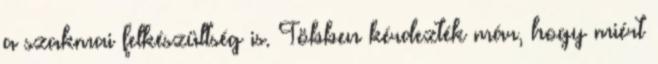
a szakmai felkészültség is. Többen kérdezték már, hogy miért